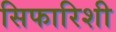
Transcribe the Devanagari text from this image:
सिफारिशी